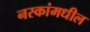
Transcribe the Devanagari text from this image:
नस्कांमधील